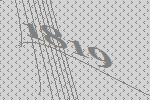
1819